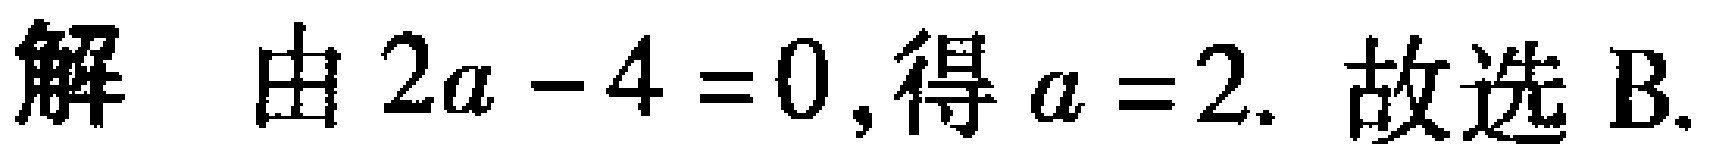
解 由 \(2a - 4 = 0\),得 \(a = 2\). 故选 B.